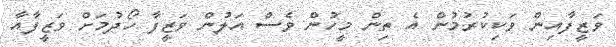
ވަޒީފާއިން ވަކިކުރުމުން އެ ތިން މީހުން ވެސް އަލުން ވަޒީފާ ހޯދުމަށް ވަޒީފާއާ